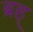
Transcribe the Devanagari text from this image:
ब्रह्